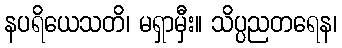
နပရိယေသတိ၊ မရှာမှီး။ သိပ္ပညတရေန၊